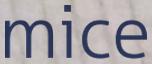
mice